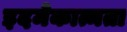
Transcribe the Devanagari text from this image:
इदमेकात्मता